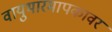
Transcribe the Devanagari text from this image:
वायुभारमापकावर